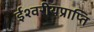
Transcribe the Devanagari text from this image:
ईश्वरीयप्राप्ति